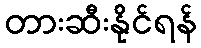
တားဆီးနိုင်ရန်